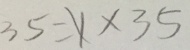
3 5 = x \times 3 5